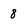
Character: 8